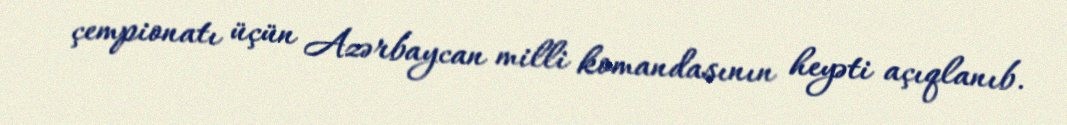
çempionatı üçün Azərbaycan milli komandasının heyəti açıqlanıb.